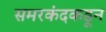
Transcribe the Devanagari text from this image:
समरकंदकडून